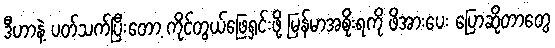
ဒီဟာနဲ့ ပတ်သက်ပြီးတော့ ကိုင်တွယ်ဖြေရှင်းဖို့ မြန်မာအစိုးရကို ဖိအားပေး ပြောဆိုတာတွေ